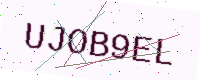
Text: UJOB9EL